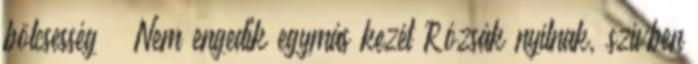
bölcsesség – Nem engedik egymás kezét Rózsák nyílnak, szívben